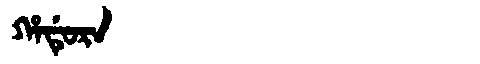
Manchu: ᡥᠠᡩᡠᡵᠠ
Romanization: HADURA